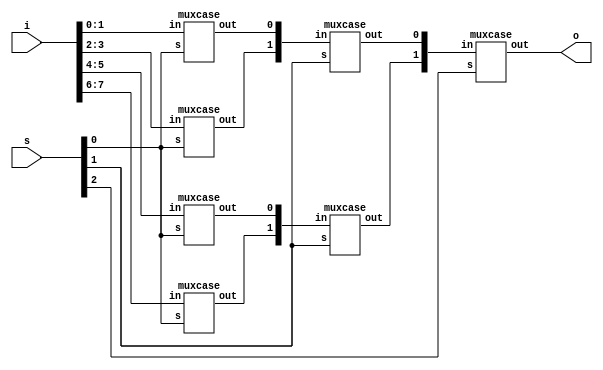
`timescale 1ns / 1ps
//////////////////////////////////////////////////////////////////////////////////
// Company: 
// Engineer: 
// 
// Design Name: 
// Module Name:    mux 
// Project Name: 
// Target Devices: 
// Tool versions: 
// Description: 
//
// Dependencies: 
//
// Revision: 
// Revision 0.01 - File Created
// Additional Comments: 
//
//////////////////////////////////////////////////////////////////////////////////
module mux(o,i,s);
input[7:0]i;
input[2:0]s;
output o;
wire [6:1]k;
muxcase v1(k[1],i[1:0],s[0]);
muxcase v2(k[2],i[3:2],s[0]);
muxcase v3(k[3],i[5:4],s[0]);
muxcase v4(k[4],i[7:6],s[0]);
muxcase v5(k[5],k[2:1],s[1]);
muxcase v6(k[6],k[4:3],s[1]);
muxcase v7(o,k[6:5],s[2]);
endmodule
module muxcase(out ,in,s);
output reg out;
input [1:0]in;
input s;
always @(*)
casex(s)
1'b0:out=in[0];
1'b1:out=in[1];
default: out=1'bx;
endcase
endmodule